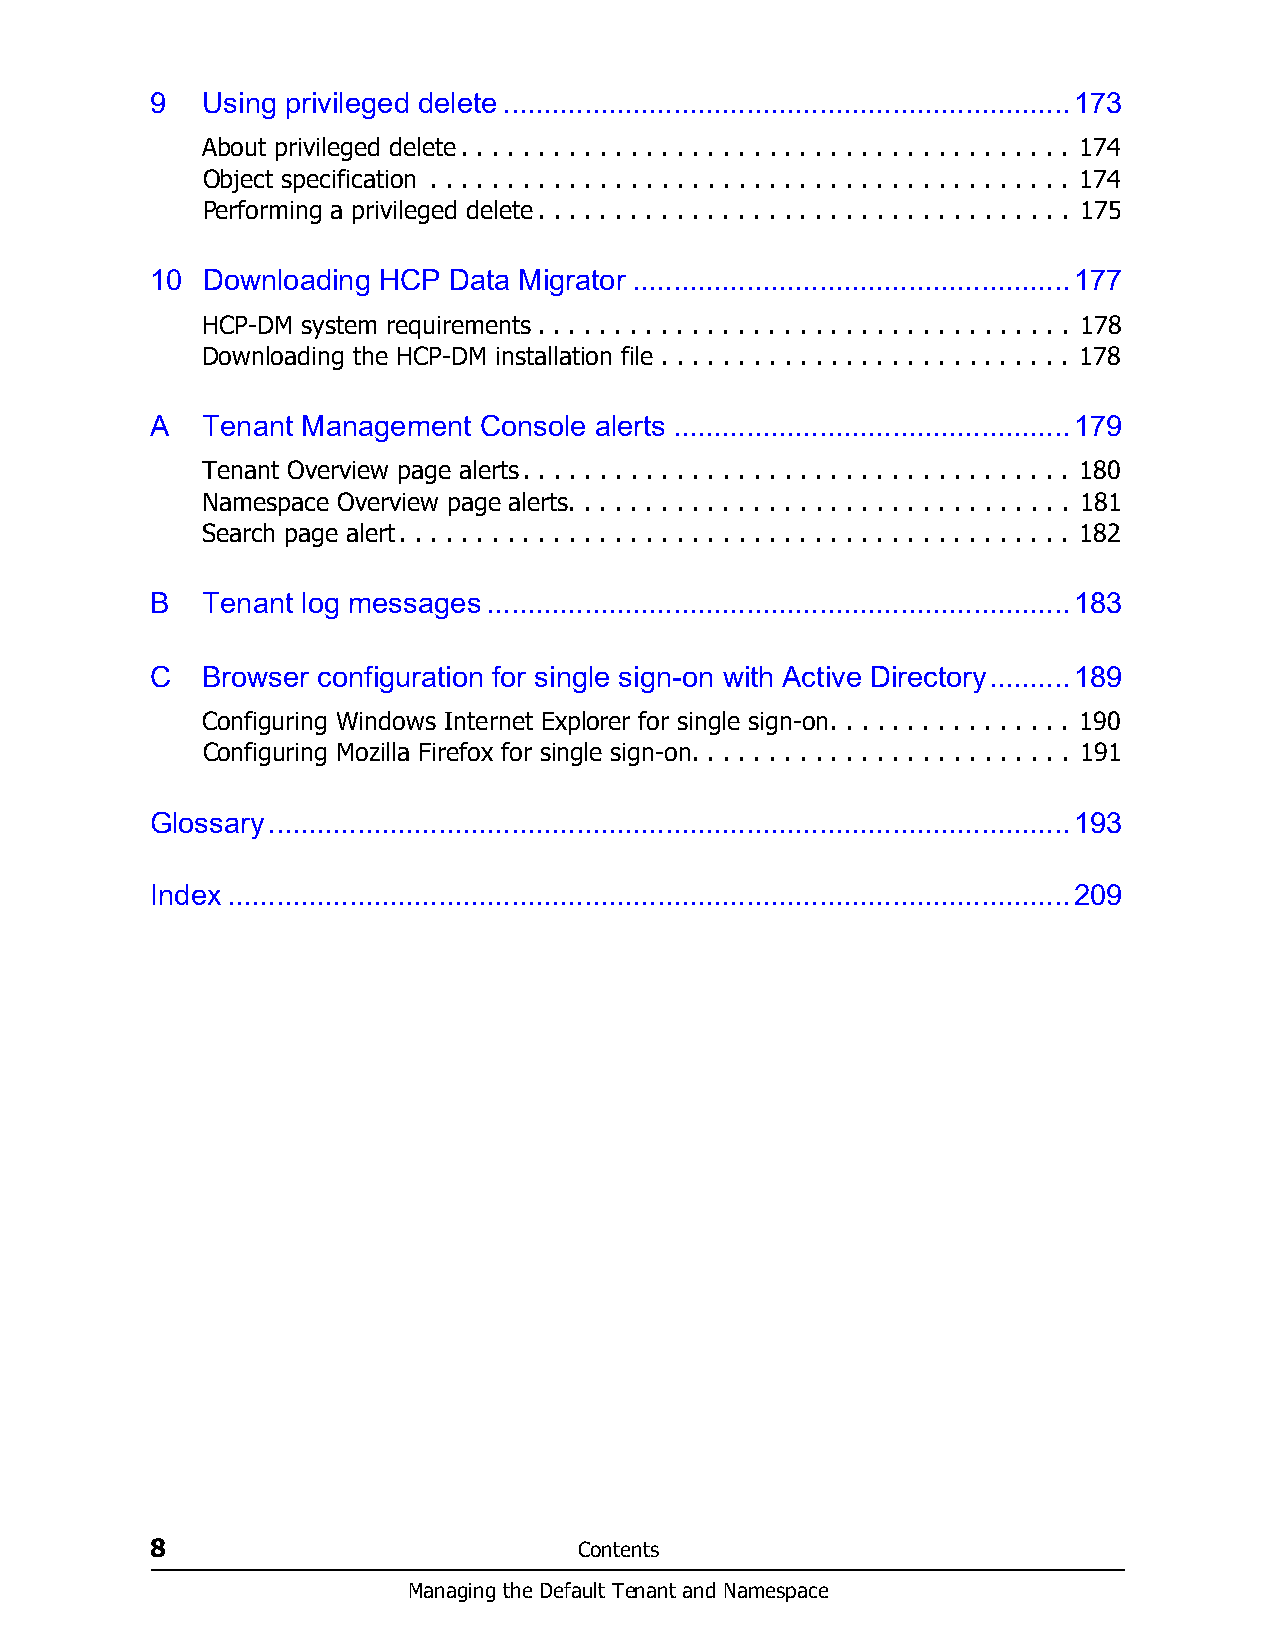
9  Using privileged delete......................................................................173
 About privileged delete. . . . . . . . . . . . . . . . . . . . . . . . . . . . . . . . . . . . . . . . 174
 Object specification . . . . . . . . . . . . . . . . . . . . . . . . . . . . . . . . . . . . . . . . . . 174
 Performing a privileged delete. . . . . . . . . . . . . . . . . . . . . . . . . . . . . . . . . . . 175
 10 Downloading HCP  Data Migrator ......................................................177
 HCP-DM system requirements . . . . . . . . . . . . . . . . . . . . . . . . . . . . . . . . . . . 178
 Downloading the HCP-DM installation file . . . . . . . . . . . . . . . . . . . . . . . . . . . 178
 A  Tenant Management  Console alerts .................................................179
 Tenant Overview page alerts. . . . . . . . . . . . . . . . . . . . . . . . . . . . . . . . . . . . 180
 Namespace Overview page alerts. . . . . . . . . . . . . . . . . . . . . . . . . . . . . . . . . 181
 Search page alert. . . . . . . . . . . . . . . . . . . . . . . . . . . . . . . . . . . . . . . . . . . . 182
 B  Tenant log messages........................................................................183
 C  Browser configuration for single sign-on with Active Directory..........189
 Configuring Windows Internet Explorer for single sign-on. . . . . . . . . . . . . . . . 190
 Configuring Mozilla Firefox for single sign-on. . . . . . . . . . . . . . . . . . . . . . . . . 191
 Glossary...................................................................................................193
 Index........................................................................................................209
 8                           Contents
 Managing the Default Tenant and Namespace